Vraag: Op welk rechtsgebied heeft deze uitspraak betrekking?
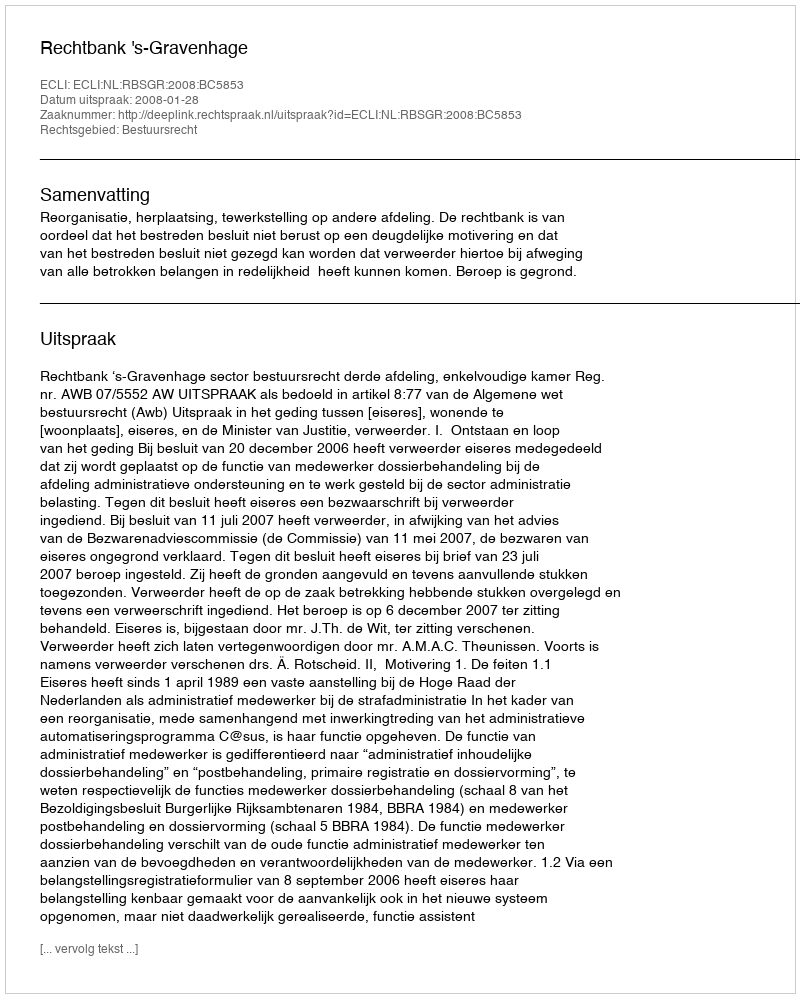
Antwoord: Bestuursrecht